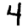
Digit: 4